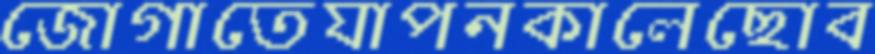
জোগাতেযাপনকালেছোব